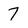
Character: 7